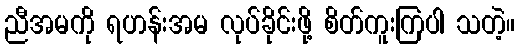
ညီအမကို ရဟန်းအမ လုပ်ခိုင်းဖို့ စိတ်ကူးကြပါ သတဲ့။